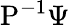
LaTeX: {\mathrm{P}}^{-1}\Psi